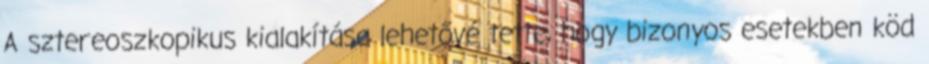
A sztereoszkopikus kialakítása lehetővé tette, hogy bizonyos esetekben köd